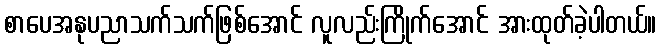
စာပေအနုပညာသက်သက်ဖြစ်အောင် လူလည်းကြိုက်အောင် အားထုတ်ခဲ့ပါတယ်။